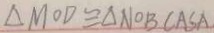
\Delta M O D \cong \Delta N O B ( A S A